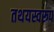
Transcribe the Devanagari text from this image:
तथयस्वरूप